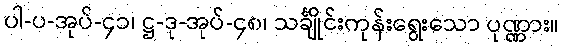
ပါ-ပ-အုပ်-၄၁၊ ဋ္ဌ-ဒု-အုပ်-၄၈၊ သင်္ချိုင်းကုန်းရွေးသော ပုဏ္ဏား။